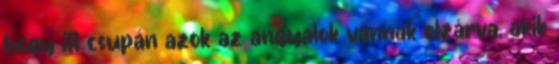
hogy itt csupán azok az angyalok vannak elzárva, akik